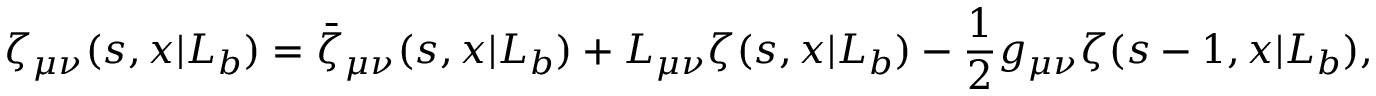
\zeta _ { \mu \nu } ( s , x | L _ { b } ) = \bar { \zeta } _ { \mu \nu } ( s , x | L _ { b } ) + L _ { \mu \nu } \zeta ( s , x | L _ { b } ) - { \frac { 1 } { 2 } } g _ { \mu \nu } \zeta ( s - 1 , x | L _ { b } ) ,